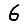
Digit: 6